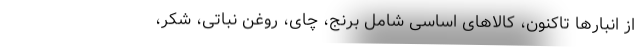
از انبارها تاکنون، کالاهای اساسی شامل برنج، چای، روغن نباتی، شکر،